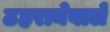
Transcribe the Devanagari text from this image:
ठहरानेवाले